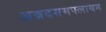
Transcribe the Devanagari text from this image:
अन्नदसमपलायम